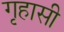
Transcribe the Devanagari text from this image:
गृहासी